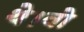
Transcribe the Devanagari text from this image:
थे।वो